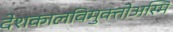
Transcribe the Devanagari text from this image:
देशकालविमुक्तोअस्मि